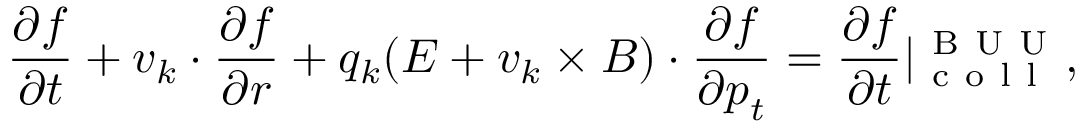
\frac { \partial f } { \partial t } + \boldsymbol { v } _ { k } \cdot { \frac { \partial f } { \partial \boldsymbol { r } } } + q _ { k } ( \boldsymbol { E } + \boldsymbol { v } _ { k } \times \boldsymbol { B } ) \cdot { \frac { \partial f } { \partial \boldsymbol { p } _ { t } } } = \frac { \partial f } { \partial t } | _ { \mathrm { ~ c ~ o ~ l ~ l ~ } } ^ { \mathrm { ~ B ~ U ~ U ~ } } ,